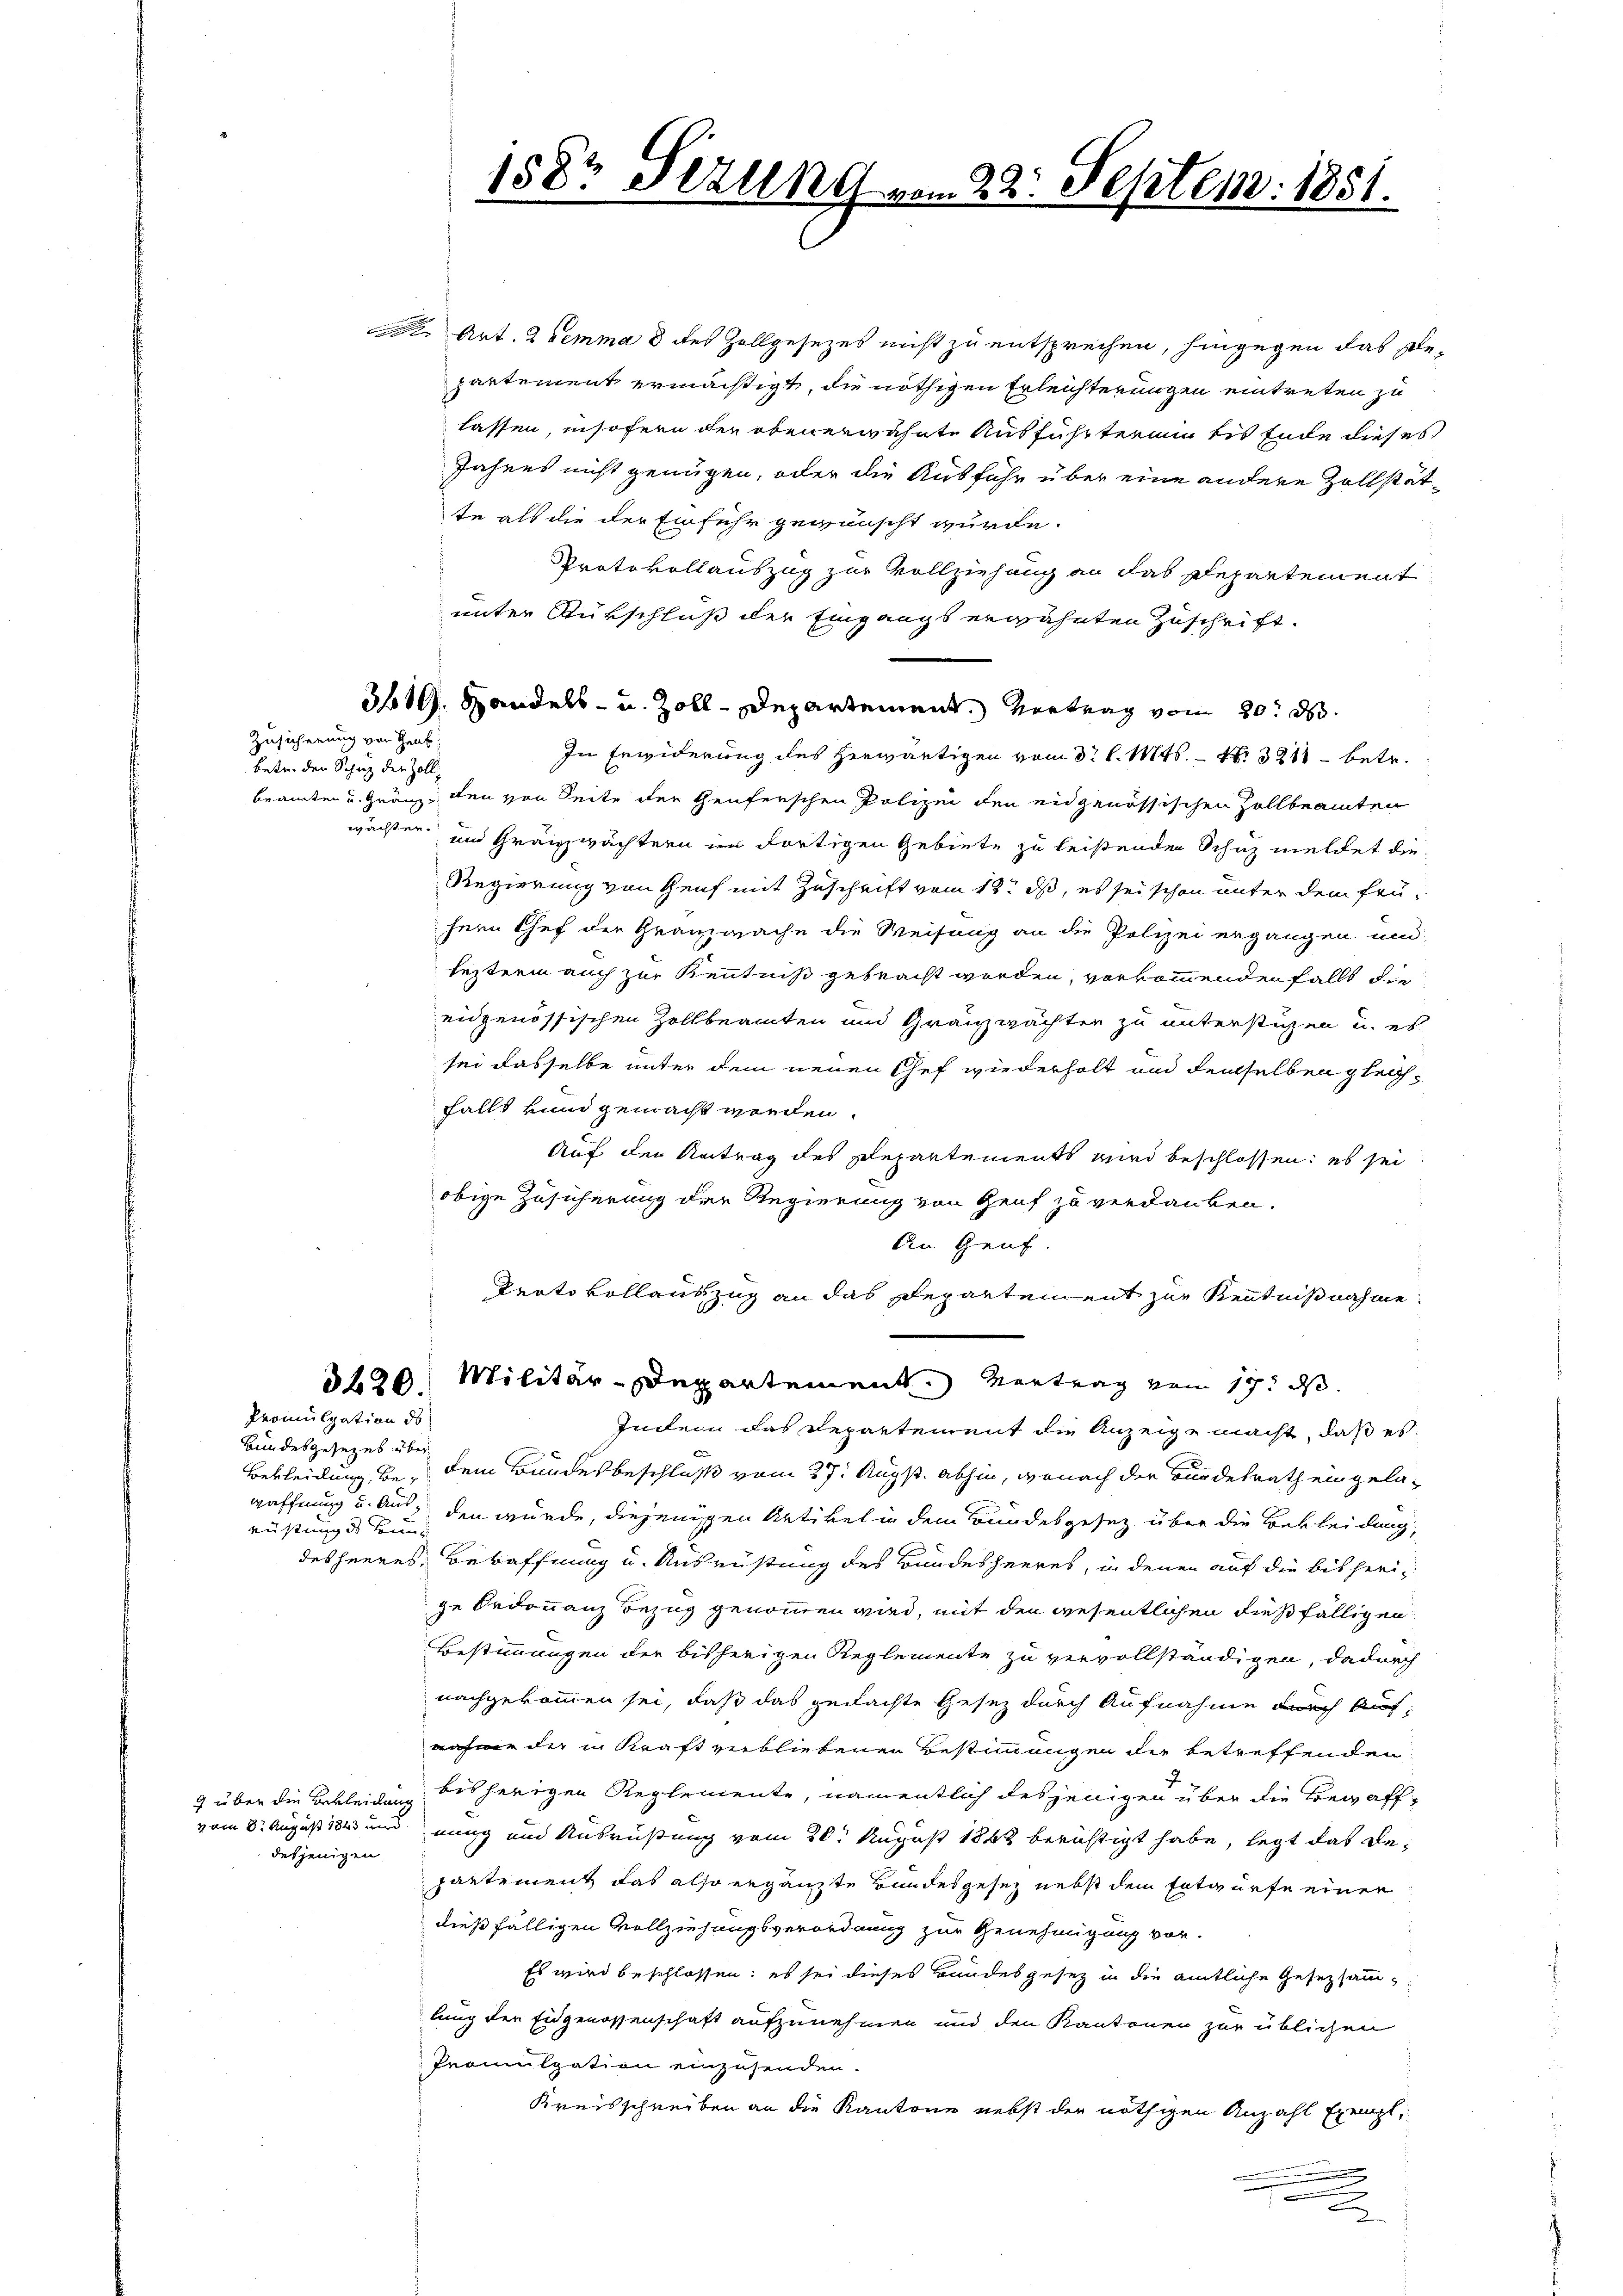
9. über die Bekleidung
desjenigen

Dr. Art. 2 lemma 2 des Zollgesezes nicht zu entsprechen, hingegen das De-
partement ermächtigt, die nöthigen Erleichterungen eintreten zu
lassen, insofern der obenerwähnte Ausführterum bis Ende dieses
Jahres nicht genügen, oder die Ausführ über eine andere Zollstätte als die der Einfuhr gewünscht wurde.
Protokollauszug zur Vollziehung an das Departement
unter Rükschluß der Eingangs erwähnten Zuschrift.
3419. Handels- u. Zoll-Departement. Vortrag vom 20. d.
In Erwiderung des herwärtigen vom 3. l. Mts. – N. 3211 betr.
beamten u. Gränz, den von Seite der Genferschen Polizei den eidgenössischen Zollbeamten
und Gränzwächtern in dortigen Gebiete zu leistenden Schuz meldet die¬
Regierung von Genf mit Zuschrift vom 12. ds, es sei schon unter dem frühern Chef der Granzwache die Weisung an die Polizei ergangen und
lezterm auch zur Kenntniß gebracht worden, vorkommenden falls die
eidgenössischen Zollbeamten und Gränzwächter zu unterstüzen u. es
sei dasselbe unter dem neuen Chef wiederholt und demselben gleichfalls vnnd gemacht worden.
Auf den Antrag des Departements wird beschlossen: es sei
obige Zusicherung der Regierung von Genf zu verdanken.
An Genf.
Protokollauszug an das Departement zur Kenntnißnahme
320. Militär-Departement. Vertrag vom 17. ds.
Indem das Departement die Anzeige macht, daß es
Betheidung bei dem Bundesbeschluß vom 27. Aug. abhin, wonach der Bundesrath eingelawaffnung u. Aus den wurde, diejenigen Artikel in dem Bundesgesetz über die Bekleidung,
desheeres Bewaffnung u. Ausrüstung des Bundesheeres, in denen auf die bisherige Ordonnanz Bezug genommen wird, mit den wesentlichen dießfälligen
Bestimmungen der bisherigen Reglemente zu vervollständigen, dadurch
nachgekommen sei, daß das gedachte Gesez durch Aufnahme durch Aufnahme der in Kraft verbliebenen Bestimmungen der betreffenden
bisherigen Reglemente, namentlich desjenigen über die Bewaffvom 8. August 1843 und nung und Ausrüstung vom 20. August 1862 berichtigt habe, legt das Departement das also ergänzte Bundesgesez nebst dem Entwurfe einer
dießfälligen Vollziehungsverordnung zur Genehmigung vor.
Es wird beschlossen; es sei dieses Bandesgesez in die amtliche Gesezsammlung der Eidgenossenschaft aufzunehmen und den Kantonen zur üblichen
Promulgation einzusenden.
Kreisschreiben an die Kantone nebst der nöthigen Anzahl Exempl¬
u

Zusicherung von Heut
betr. den Schuz der Zoll-
wachster¬

Promulgation des
Bundesgesezes über¬
Richtung des Bund

158t Setzung vom 22. Septem. 1851.
2